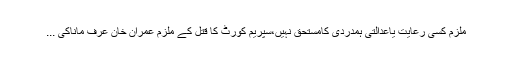
ملزم کسی رعایت یاعدالتی ہمدردی کامستحق نہیں،سپریم کورٹ کا قتل کے ملزم عمران خان عرف ماناکی ...